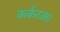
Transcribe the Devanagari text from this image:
कर्कटका